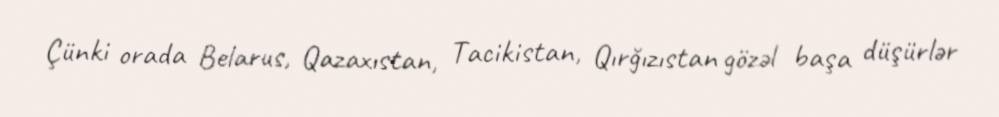
Çünki orada Belarus, Qazaxıstan, Tacikistan, Qırğızıstan gözəl başa düşürlər